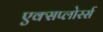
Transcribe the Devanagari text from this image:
एक्सप्लोरर्स